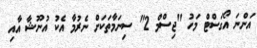
އަންނަ އޯގަސްޓް މަހު "ޖިސްމް 2" ސިނަމާތަކަށް ނެރުމާ އެކު އުނޫޝާ އާއި